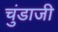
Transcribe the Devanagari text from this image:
चुंडाजी